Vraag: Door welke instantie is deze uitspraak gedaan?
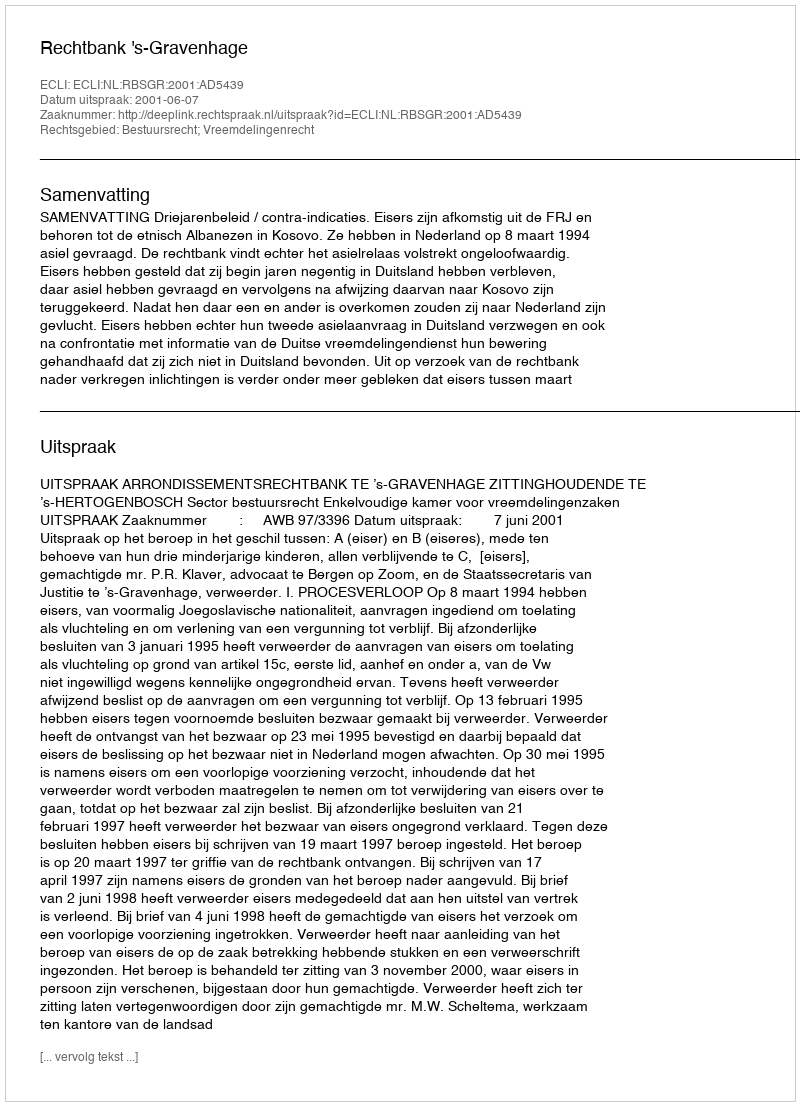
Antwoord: Rechtbank 's-Gravenhage